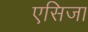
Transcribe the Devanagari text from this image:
एसिजा